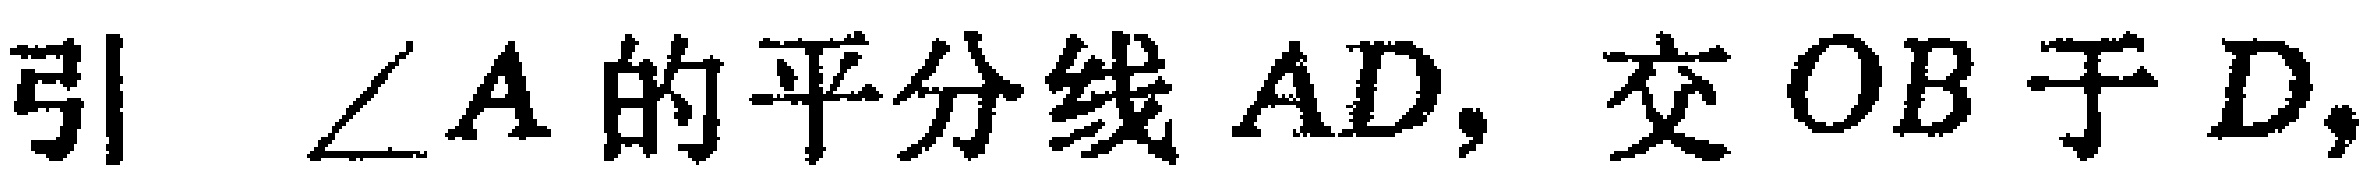
引\(\angle A\)的平分线\(AD\)，交\(OB\)于\(D\)，